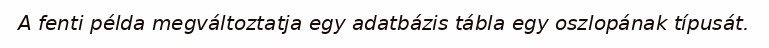
A fenti példa megváltoztatja egy adatbázis tábla egy oszlopának típusát.